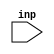
// This program was cloned from: https://github.com/chipsalliance/aib-phy-hardware
// License: Apache License 2.0

// SPDX-License-Identifier: Apache-2.0
// Copyright (C) 2019 Intel Corporation. 
// Library - aibnd_lib, Cell - aibnd_str_ioload, View - schematic
// LAST TIME SAVED: May 19 10:56:07 2015
// NETLIST TIME: May 19 12:48:22 2015
//`timescale 1ns / 1ns 

module aibnd_str_ioload ( inp);

input  inp;

// Buses in the design

wire    net07;

assign vcc_aibnd = 1'b1;
assign vss_aibnd = 1'b0;


//specify 
//    specparam CDS_LIBNAME  = "aibnd_lib";
//    specparam CDS_CELLNAME = "aibnd_str_ioload";
//    specparam CDS_VIEWNAME = "schematic";
//endspecify

assign net07 = ~inp ;

endmodule